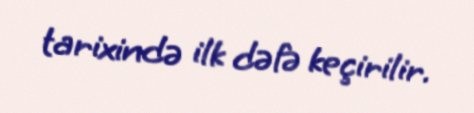
tarixində ilk dəfə keçirilir.